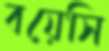
বয়েসি